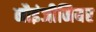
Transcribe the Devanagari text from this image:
नौइंजीनियर